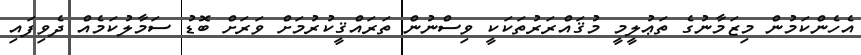
އެހެންކަމުން މިޒަމާނުގެ ތަޢުލީމީ މުޤައްރަރުތަކަކީ ވިސްނުން ތަރައްޤީކުރުމަށް ވަރަށް ބޮޑު ސަމާލުކަމެއް ދެވިފައި